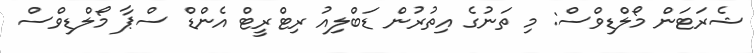
ޝެރަޓަން މޯލްޑިވްސް: މި ތަނުގެ އިތުރުން ޑަބްލިއު ރިޓްރީޓް އެންޑް ސްޕާ މޯލްޑިވްސް